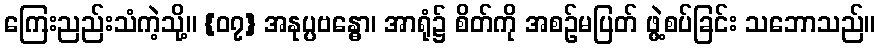
ကြေးညည်းသံကဲ့သို့။ {၀၇} အနုပ္ပဗန္ဓော၊ အာရုံ၌ စိတ်ကို အစဉ်မပြတ် ဖွဲ့စပ်ခြင်း သဘောသည်။